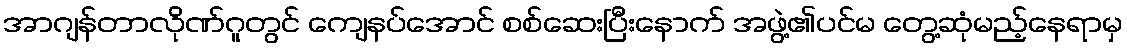
အာဂျန်တာလိုဏ်ဂူတွင် ကျေနပ်အောင် စစ်ဆေးပြီးနောက် အဖွဲ့၏ပင်မ တွေ့ဆုံမည့်နေရာမှ